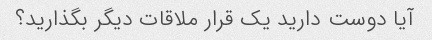
آیا دوست دارید یک قرار ملاقات دیگر بگذارید؟